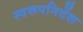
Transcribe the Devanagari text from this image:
स्वरूपनिर्देश